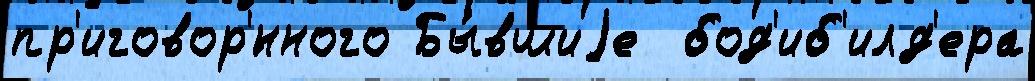
пр'иговор'́нного Бы́вшиjе  бод'иб'илд'ера